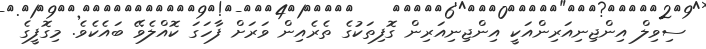
ސިވިލް އިންޖިނިއަރިންއަކީ އިންޖިނިއަރިން ގޮފިތަކުގެ ތެރެއިން ވަރަށް ފާހަގަ ކޮއްލެވޭ ބައެކެވެ. މިގޮފީގެ